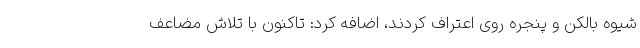
شیوه بالکن و پنجره روی اعتراف کردند، اضافه کرد: تاکنون با تلاش مضاعف